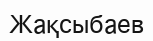
Жақсыбаев